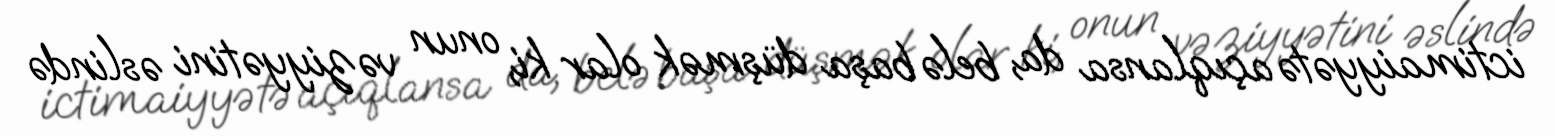
ictimaiyyətə açıqlansa da, belə başa düşmək olar ki, onun vəziyyətini əslində